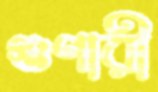
গুণারী